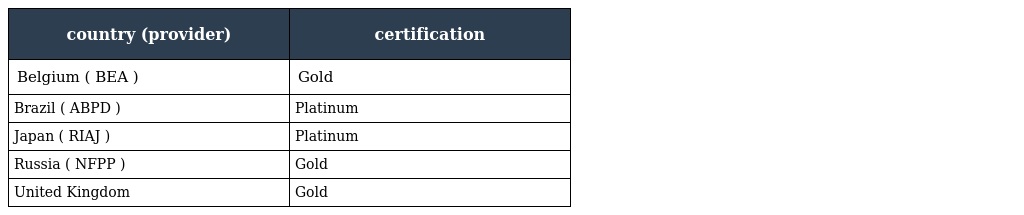
| country (provider) | certification |
 | --- | --- |
 | Belgium ( BEA ) | Gold |
 | Brazil ( ABPD ) | Platinum |
 | Japan ( RIAJ ) | Platinum |
 | Russia ( NFPP ) | Gold |
 | United Kingdom | Gold |